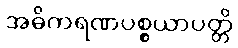
အဓိကရဏပစ္စယာပတ္တိ